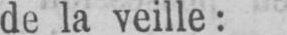
de la veille: